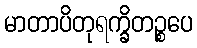
မာတာပိတုရက္ခိတဉ္စပေ